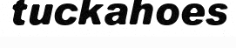
tuckahoes